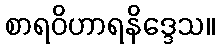
စာရဝိဟာရနိဒ္ဒေသ။